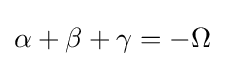
\alpha +\beta +\gamma =-\Omega